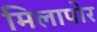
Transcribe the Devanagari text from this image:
मिलापोर